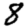
Digit: 8